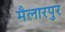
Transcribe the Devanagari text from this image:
मैलारपुर